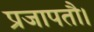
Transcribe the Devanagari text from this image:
प्रजापतौ।